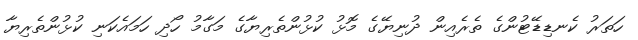
ހަތަރު ކެނޑިޑޭޓުންގެ ތެރެއިން ދުނިޔޭގެ މޮޅު ކުޅުންތެރިޔާގެ މަގާމު ހޯދި ހަމައެކަނި ކުޅުންތެރިޔާ